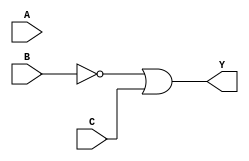
module gateLevel(input wire A, B, C, output Y);

	wire w1;
	not(w1, B);
	or(Y, w1, C);

endmodule

module operadores(input wire A, B, C, output Y);

	assign Y=(~B|C);
	
endmodule